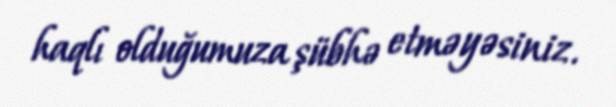
haqlı olduğumuza şübhə etməyəsiniz.